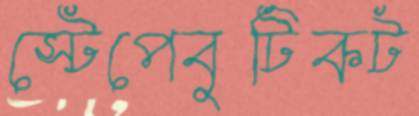
স্টেপেবুটিকট